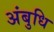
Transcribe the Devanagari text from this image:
अंबुधि